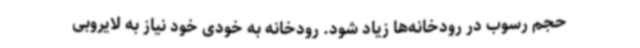
حجم رسوب در رودخانه‌ها زیاد شود. رودخانه به خودی خود نیاز به لایروبی